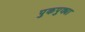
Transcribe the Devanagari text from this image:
पुकपुक्या